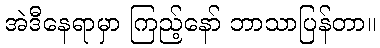
အဲဒီနေရာမှာ ကြည့်နော် ဘာသာပြန်တာ။